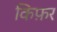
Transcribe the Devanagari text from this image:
किफ़र